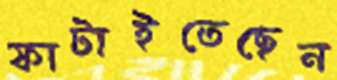
ফাটাইতেছেন